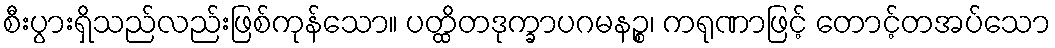
စီးပွားရှိသည်လည်းဖြစ်ကုန်သော။ ပတ္ထိတဒုက္ခာပဂမနဉ္စ၊ ကရုဏာဖြင့် တောင့်တအပ်သော